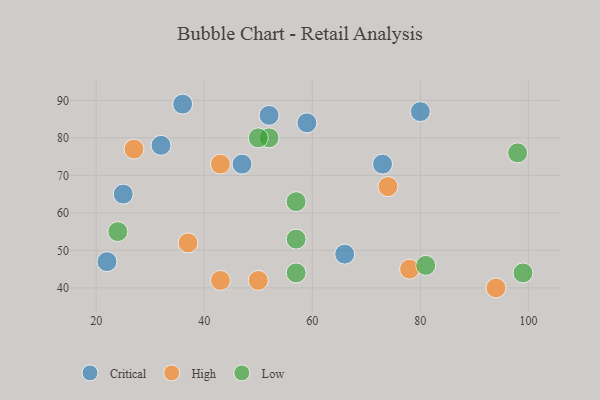
{"axis": {"x": "GDP", "y": "Life Expectancy"}, "legend": ["Critical", "High", "Low"], "data": [{"x": "25", "y": 65, "type": "Critical"}, {"x": "80", "y": 87, "type": "Critical"}, {"x": "36", "y": 89, "type": "Critical"}, {"x": "22", "y": 47, "type": "Critical"}, {"x": "59", "y": 84, "type": "Critical"}, {"x": "73", "y": 73, "type": "Critical"}, {"x": "32", "y": 78, "type": "Critical"}, {"x": "66", "y": 49, "type": "Critical"}, {"x": "52", "y": 86, "type": "Critical"}, {"x": "47", "y": 73, "type": "Critical"}, {"x": "78", "y": 45, "type": "High"}, {"x": "74", "y": 67, "type": "High"}, {"x": "27", "y": 77, "type": "High"}, {"x": "37", "y": 52, "type": "High"}, {"x": "43", "y": 42, "type": "High"}, {"x": "94", "y": 40, "type": "High"}, {"x": "50", "y": 42, "type": "High"}, {"x": "43", "y": 73, "type": "High"}, {"x": "99", "y": 44, "type": "Low"}, {"x": "81", "y": 46, "type": "Low"}, {"x": "52", "y": 80, "type": "Low"}, {"x": "98", "y": 76, "type": "Low"}, {"x": "57", "y": 53, "type": "Low"}, {"x": "57", "y": 44, "type": "Low"}, {"x": "57", "y": 63, "type": "Low"}, {"x": "24", "y": 55, "type": "Low"}, {"x": "50", "y": 80, "type": "Low"}]}